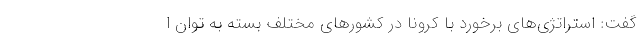
گفت: استراتژی‌های برخورد با کرونا در کشورهای مختلف بسته به توان ا